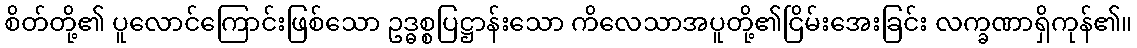
စိတ်တို့၏ ပူလောင်ကြောင်းဖြစ်သော ဥဒ္ဓစ္စပြဋ္ဌာန်းသော ကိလေသာအပူတို့၏ငြိမ်းအေးခြင်း လက္ခဏာရှိကုန်၏။